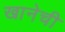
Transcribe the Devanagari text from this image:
खानेची